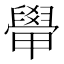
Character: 𬛽